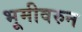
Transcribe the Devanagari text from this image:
भूमीवरुन